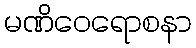
မဏိဝေရောစနာ